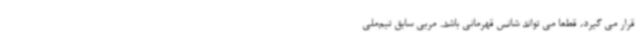
قرار می گیرد، قطعا می تواند شانس قهرمانی باشد. مربی سابق تیم‌ملی